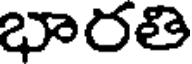
భారతి